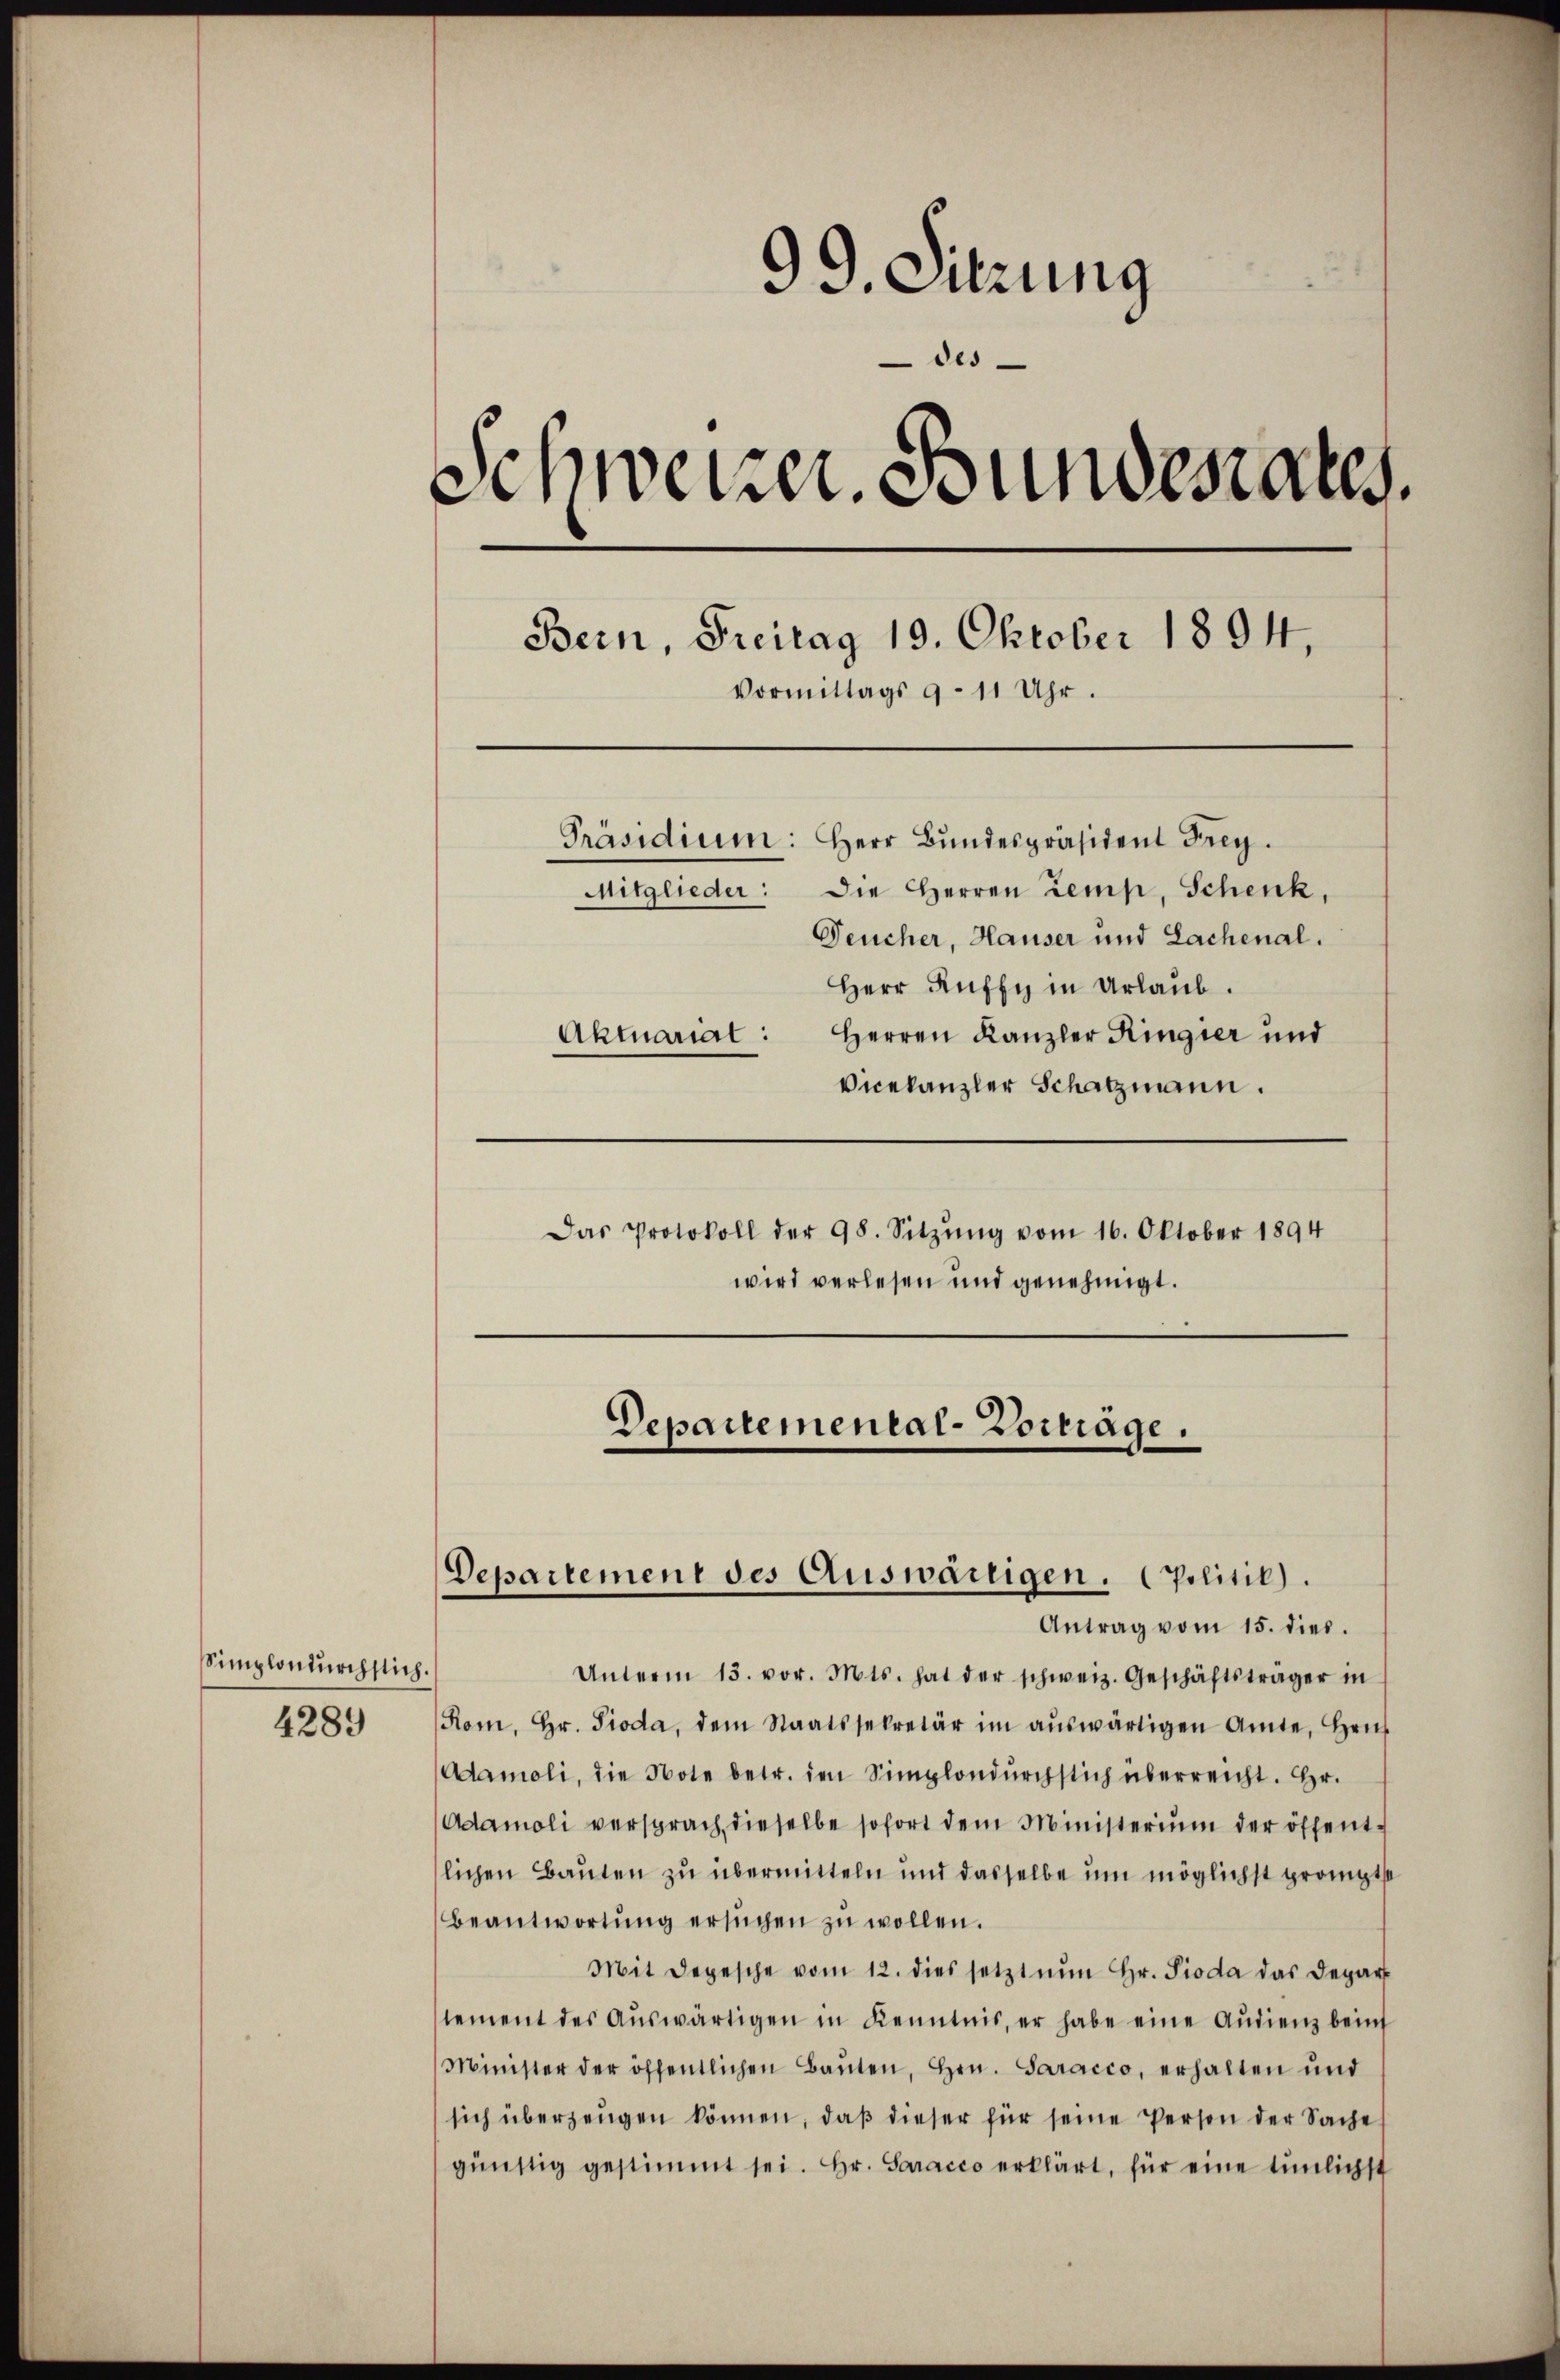
Simplondurchstich.

4289

99. Sitzung
des
Schweizer. Bundesrates.
Bern, Freitag 19. Oktober 1894.
Vormittags 9 - 11 Uhr.
Präsidium: Herr Bŭndespräsident Frey.
Mitglieder: Die Herren Zemp, Schenk,
Deucher, Hauser und Lachenal.
Herr Ruffy in Urlaub.
Herren Kanzler Ringier und
Aktuariat:
Vicekanzler Schatzmann.

Antrag vom 15. dies.
Unterm 13. vor. Mts. hat der schweiz. Geschäftsträger in
Rom, Hr. Pioda, dem Staatssekretär im aŭswärtigen Amte, Heus
Adamoli, die Note betr. den Simplondurchstich überreicht. Hr.
Adamoli versprach dieselbe sofort dem Ministerium der öffentlichen Bauten zu übermitteln und dasselbe um möglichst prompte
Beantwortŭng ersŭchen zŭ wollen.
Mit Depesche vom 12. dies setzt nun Hr. Pioda das Depar
tement des Aŭswärtigen in Kenntnis, er habe eine Audienz bein
Minister der öffentlichen Baŭten, Hrn. Saracco, erhalten ŭnd
sich überzeŭgen können, daβ dieser für seine Person der Sache
günstig gestimmt sei. Hr. Saracco erklärt, für eine tümlichst

Das Protokoll der 98. Sitzŭng vom 16. Oktober 1894
wird verlesen und genehmigt.

Departemental-Vortrage.

Departement des Auswärtigen. Politik).